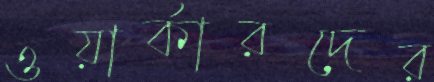
ওয়ার্কারদের